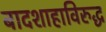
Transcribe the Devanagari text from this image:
बादशाहाविरुद्ध